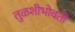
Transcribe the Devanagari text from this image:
तुळशीभोवती